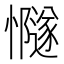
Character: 𢤸